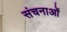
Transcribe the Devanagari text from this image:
संचनाओं